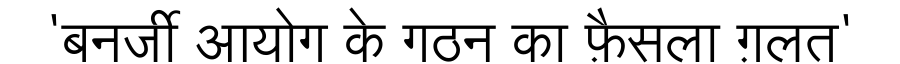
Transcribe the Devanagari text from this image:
'बनर्जी आयोग के गठन का फ़ैसला ग़लत'